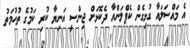
އެ މައްސަލައާ ގުޅިގެން ކެޕްލަންއާ ދެކޮޅަށް ޖިންސީ އަނިޔާ ކުރި ކަމުގެ ތުހުމަތު